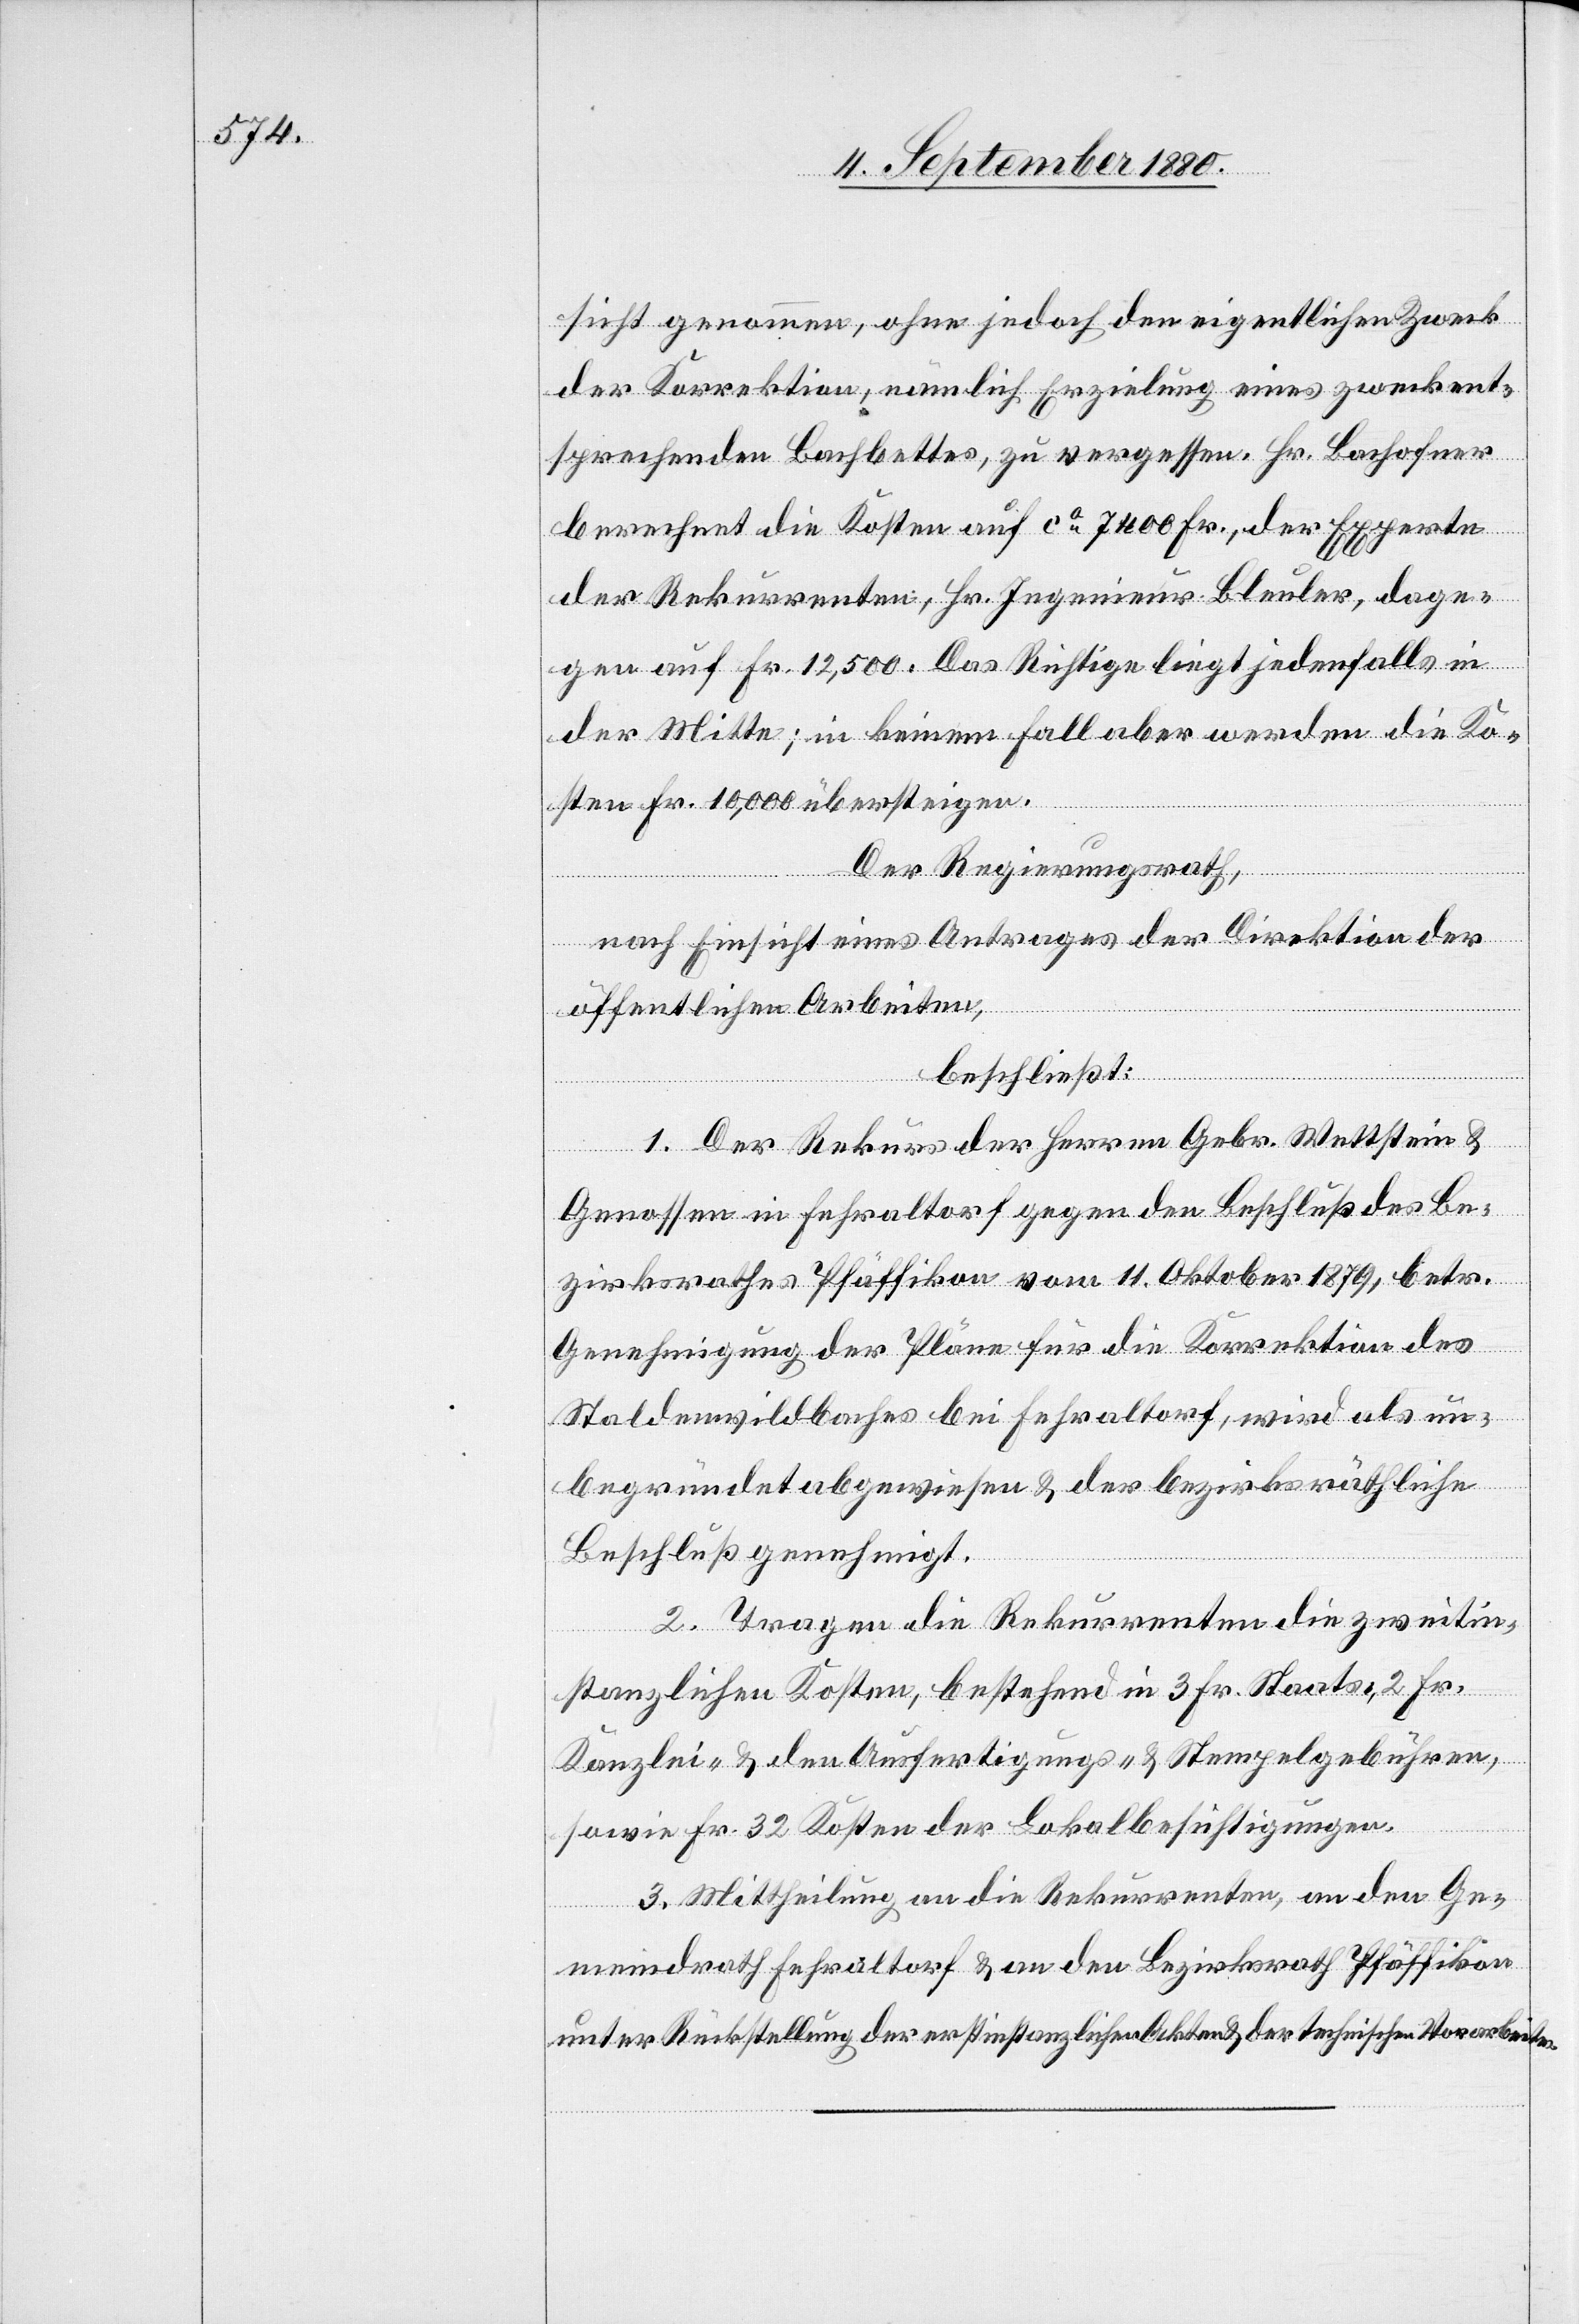
sicht genommen, ohne jedoch den eigentlichen Zweck
der Korrektion nämlich Erzielung eines zweckent¬
sprechenden Bachbettes, zu vergessen. Hr. Bachofner
berechnet die Kosten auf ca 7400 Fr., der Experte
der Rekurrenten, Hr. Ingenieur Bleuler, dage¬
gen auf Fr. 12,500. Das Richtige liegt jedenfalls in
der Mitte; in keinem Fall aber werden die Ko¬
sten Fr. 10,000 übersteigen.
Der Regierungsrath,
nach Einsicht eines Antrages der Direktion der
öffentlichen Arbeiten,
beschließt:
1. Der Rekurs der Herren Gebr. Wettstein &
Genossen in Fehraltorf gegen den Beschluß des Be¬
zirksrathes Pfäffikon vom 11. Oktober 1879, betr.
Genehmigung der Pläne für die Korrektion des
Staldenwildbaches bei Fehraltorf, wird als un¬
begründet abgewiesen & der bezirksräthliche
Beschluß genehmigt.
2. Tragen die Rekurrenten die zweitin¬
stanzlichen Kosten, bestehend in 3 Fr. Staats-, 2 Fr.
Kanzlei- & den Ausfertigungs- & Stempelgebühren,
sowie Fr. 32 Kosten der Lokalbesichtigungen.
3. Mittheilung an die Rekurrenten, an den Ge¬
meindrath Fehraltorf & an den Bezirksrath Pfäffikon
unter Rückstellung der erstinstanzlichen Akten & der technischen Vorarbeiten.